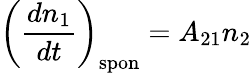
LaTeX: \left({\frac{dn_{1}}{dt}}\right)_{\mathrm{spon}}=A_{21}n_{2}